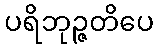
ပရိဘုဉ္ဇတိပေ